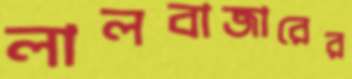
লালবাজারের